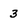
Character: 3